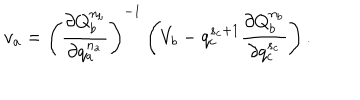
v _ { a } = \left( \frac { \partial Q _ { b } ^ { n _ { b } } } { \partial q _ { a } ^ { n _ { a } } } \right) ^ { - 1 } \left( V _ { b } - q _ { c } ^ { s _ { c } + 1 } \frac { \partial Q _ { b } ^ { n _ { b } } } { \partial q _ { c } ^ { s _ { c } } } \right) .